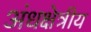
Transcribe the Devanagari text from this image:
अंधक्षेत्रीय